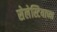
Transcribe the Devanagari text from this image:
सेलेस्टियाच्या